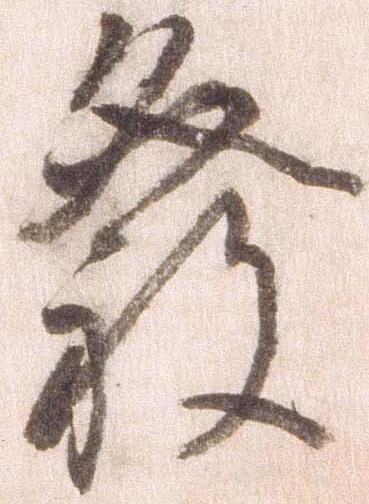
発